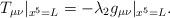
LaTeX: \begin{align*}T_{\mu\nu}|_{x^5=L}=-\lambda_2g_{\mu\nu}|_{x^5=L}.\end{align*}